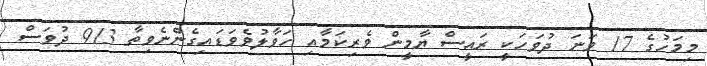
މިމަހުގެ 17 ވަނަ ދުވަހަކީ ރައީސް ޔާމީން ވެރިކަމާއި ހަވާލުވެވަޑައިގެންނެވިތާ 913 ދުވަސް